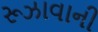
રૂઝાવાની